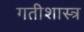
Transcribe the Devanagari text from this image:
गतीशास्त्र